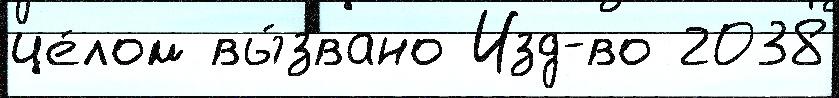
це́лом вы́звано Изд-во 2038